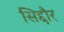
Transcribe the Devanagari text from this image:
सिद्दौर